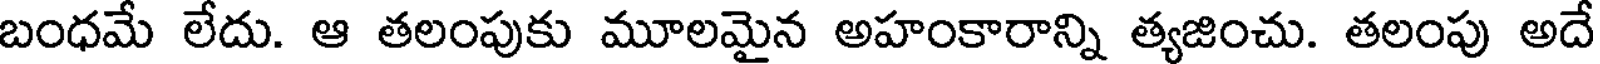
బంధమే లేదు. ఆ తలంపుకు మూలమైన అహంకారాన్ని త్యజించు. తలంపు అదే